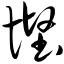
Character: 悭